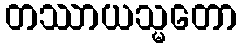
တဿာယသ္မတော